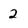
Character: 2